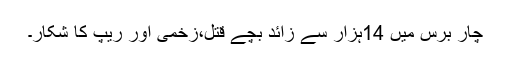
چار برس میں 14ہزار سے زائد بچے قتل،زخمی اور ریپ کا شکار۔